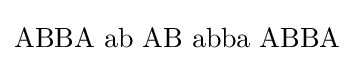
\mathrm {ABBA\,\,ab\,\,AB\,\,abba\,\,ABBA}